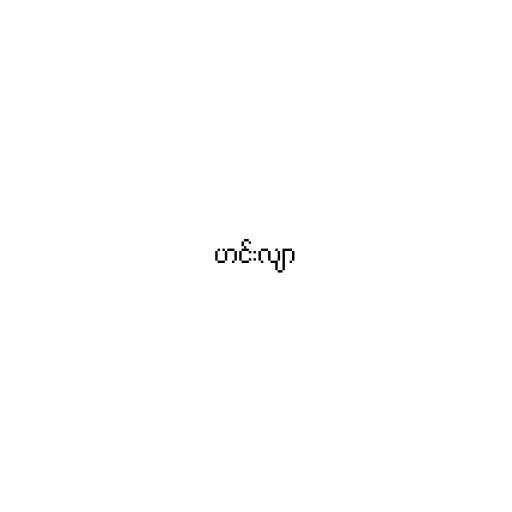
ဟင်းလျာ